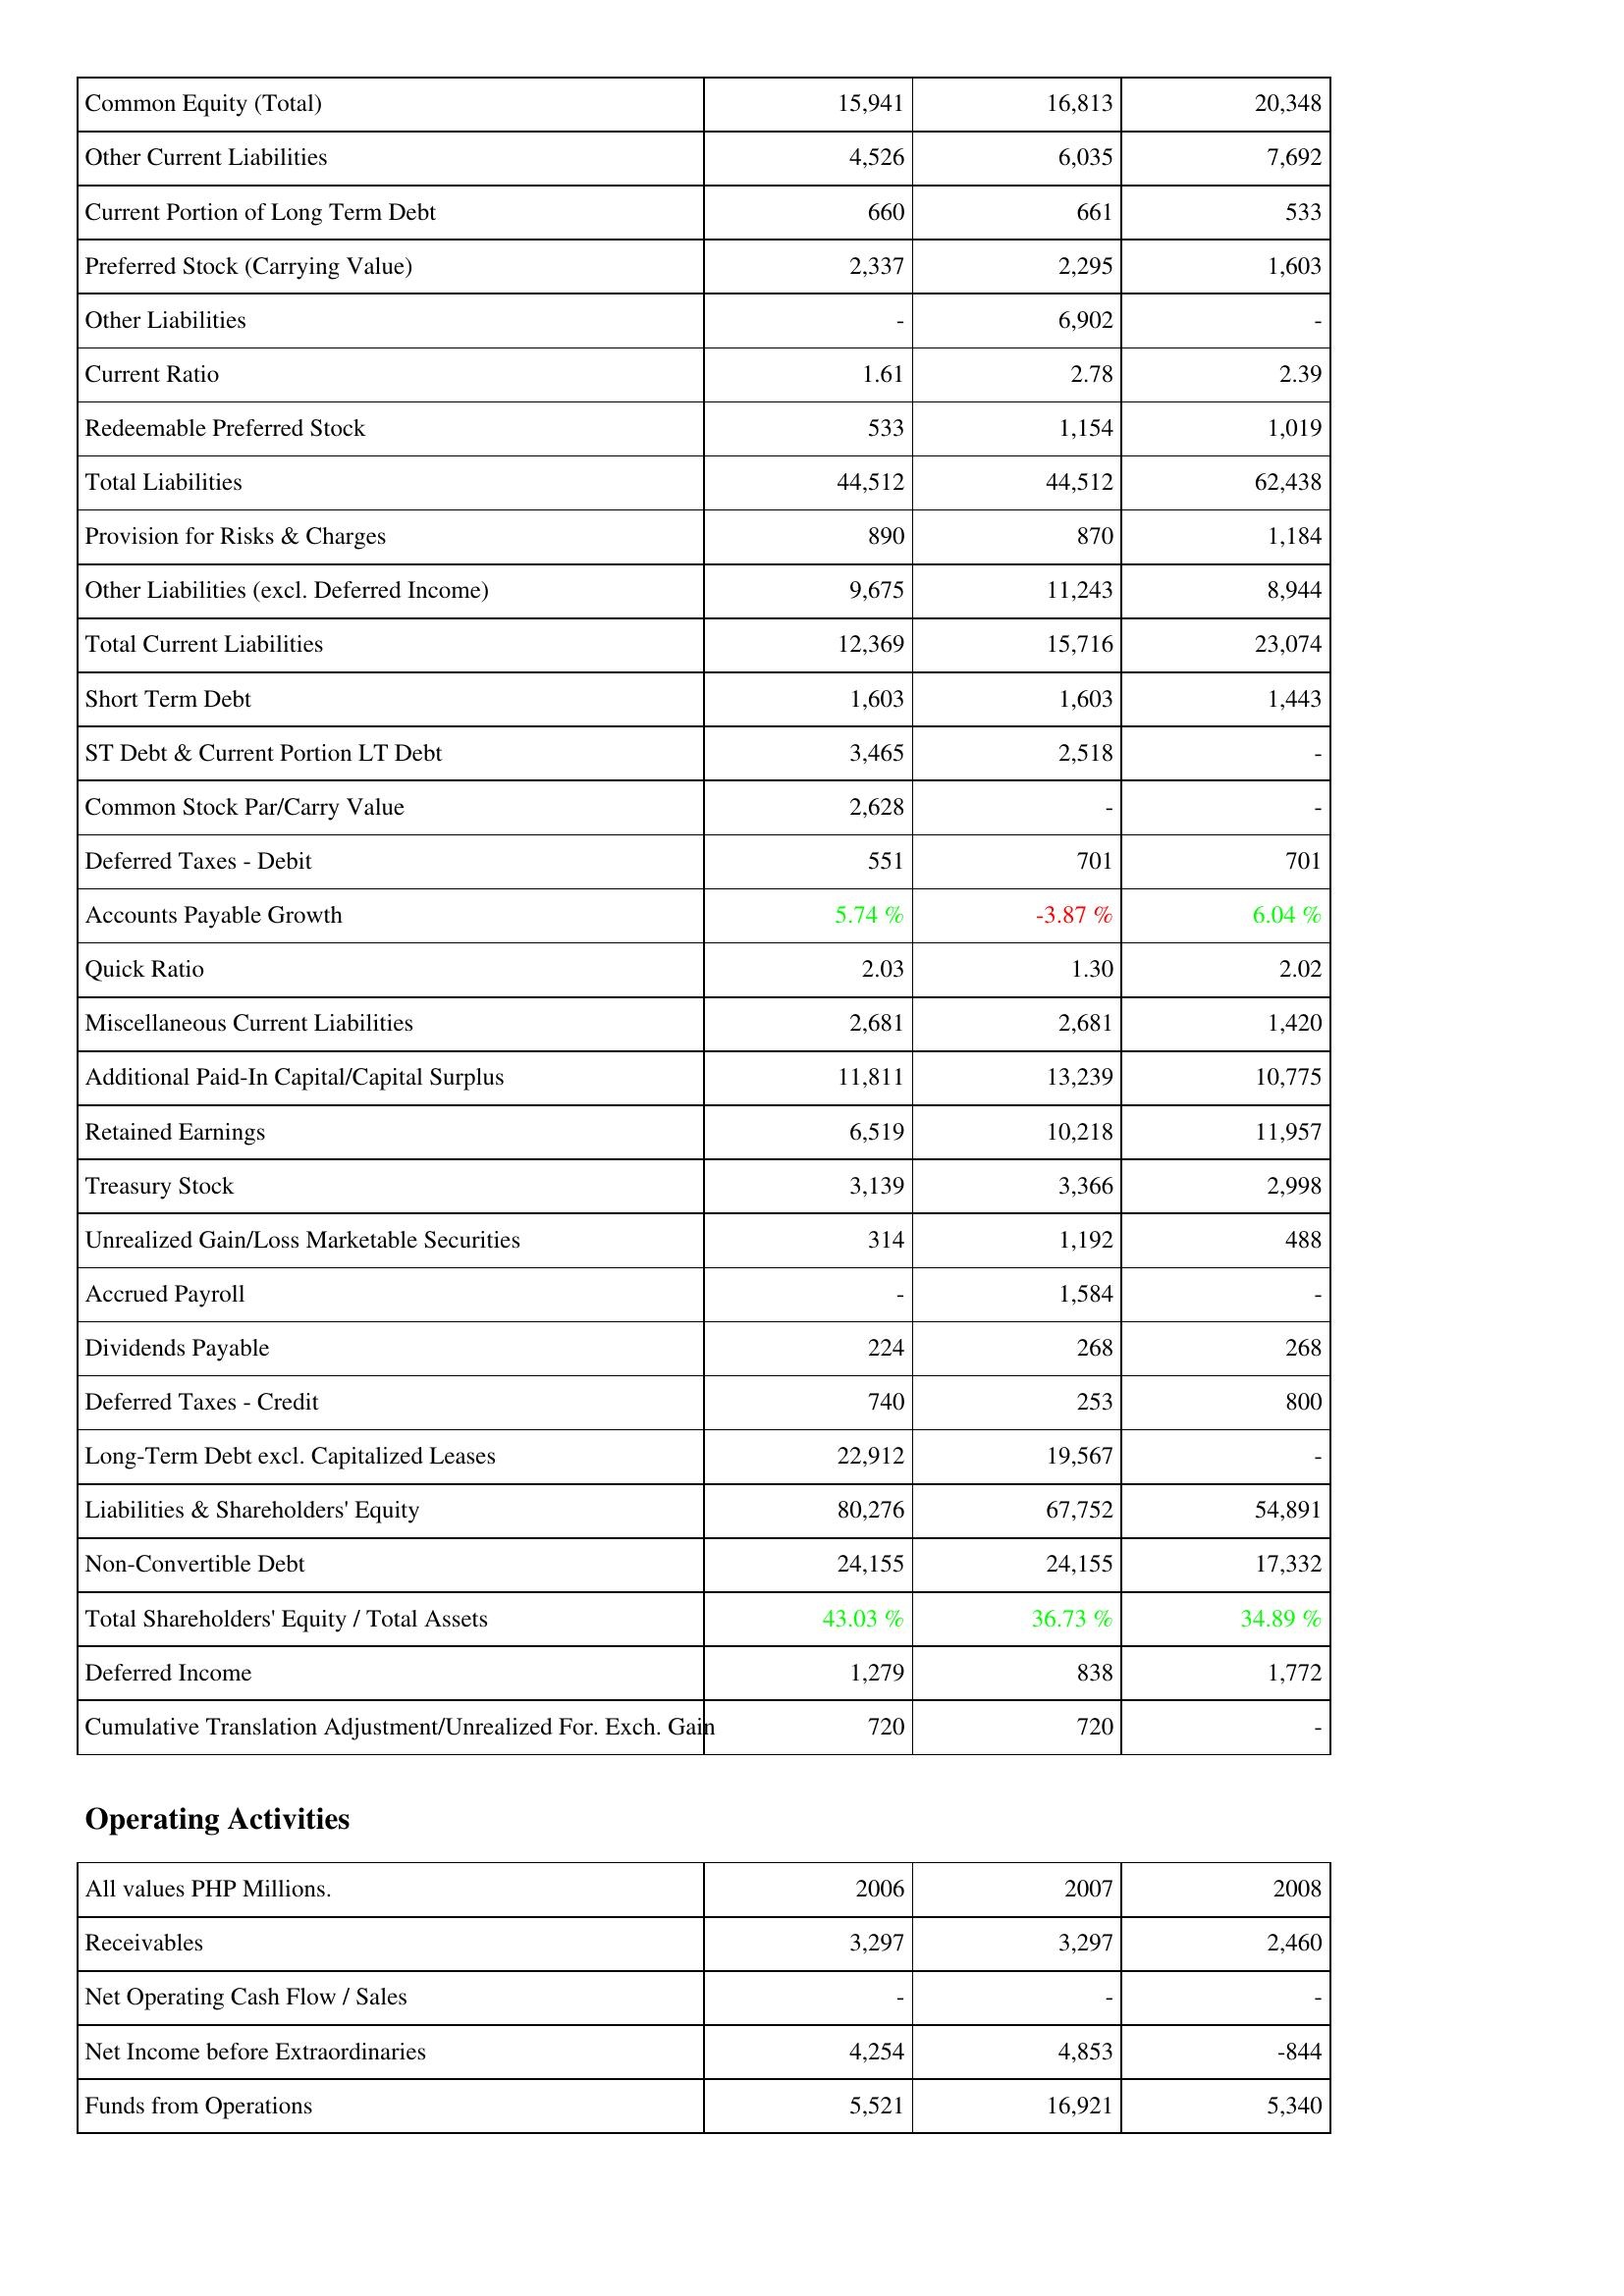
2006: Liabilities & Shareholders' Equity: Common Equity (Total): 15,941
Other Current Liabilities: 4,526
Current Portion of Long Term Debt: 660
Preferred Stock (Carrying Value): 2,337
Other Liabilities: -
Current Ratio: 1.61
Redeemable Preferred Stock: 533
Total Liabilities: 44,512
Provision for Risks & Charges: 890
Other Liabilities (excl. Deferred Income): 9,675
Total Current Liabilities: 12,369
Short Term Debt: 1,603
ST Debt & Current Portion LT Debt: 3,465
Common Stock Par/Carry Value: 2,628
Deferred Taxes - Debit: 551
Accounts Payable Growth: 5.74 %
Quick Ratio: 2.03
Miscellaneous Current Liabilities: 2,681
Additional Paid-In Capital/Capital Surplus: 11,811
Retained Earnings: 6,519
Treasury Stock: 3,139
Unrealized Gain/Loss Marketable Securities: 314
Accrued Payroll: -
Dividends Payable: 224
Deferred Taxes - Credit: 740
Long-Term Debt excl. Capitalized Leases: 22,912
Liabilities & Shareholders' Equity: 80,276
Non-Convertible Debt: 24,155
Total Shareholders' Equity / Total Assets: 43.03 %
Deferred Income: 1,279
Cumulative Translation Adjustment/Unrealized For. Exch. Gain: 720
Operating Activities: Receivables: 3,297
Net Operating Cash Flow / Sales: -
Net Income before Extraordinaries: 4,254
Funds from Operations: 5,521
2007: Liabilities & Shareholders' Equity: Common Equity (Total): 16,813
Other Current Liabilities: 6,035
Current Portion of Long Term Debt: 661
Preferred Stock (Carrying Value): 2,295
Other Liabilities: 6,902
Current Ratio: 2.78
Redeemable Preferred Stock: 1,154
Total Liabilities: 44,512
Provision for Risks & Charges: 870
Other Liabilities (excl. Deferred Income): 11,243
Total Current Liabilities: 15,716
Short Term Debt: 1,603
ST Debt & Current Portion LT Debt: 2,518
Common Stock Par/Carry Value: -
Deferred Taxes - Debit: 701
Accounts Payable Growth: -3.87 %
Quick Ratio: 1.30
Miscellaneous Current Liabilities: 2,681
Additional Paid-In Capital/Capital Surplus: 13,239
Retained Earnings: 10,218
Treasury Stock: 3,366
Unrealized Gain/Loss Marketable Securities: 1,192
Accrued Payroll: 1,584
Dividends Payable: 268
Deferred Taxes - Credit: 253
Long-Term Debt excl. Capitalized Leases: 19,567
Liabilities & Shareholders' Equity: 67,752
Non-Convertible Debt: 24,155
Total Shareholders' Equity / Total Assets: 36.73 %
Deferred Income: 838
Cumulative Translation Adjustment/Unrealized For. Exch. Gain: 720
Operating Activities: Receivables: 3,297
Net Operating Cash Flow / Sales: -
Net Income before Extraordinaries: 4,853
Funds from Operations: 16,921
2008: Liabilities & Shareholders' Equity: Common Equity (Total): 20,348
Other Current Liabilities: 7,692
Current Portion of Long Term Debt: 533
Preferred Stock (Carrying Value): 1,603
Other Liabilities: -
Current Ratio: 2.39
Redeemable Preferred Stock: 1,019
Total Liabilities: 62,438
Provision for Risks & Charges: 1,184
Other Liabilities (excl. Deferred Income): 8,944
Total Current Liabilities: 23,074
Short Term Debt: 1,443
ST Debt & Current Portion LT Debt: -
Common Stock Par/Carry Value: -
Deferred Taxes - Debit: 701
Accounts Payable Growth: 6.04 %
Quick Ratio: 2.02
Miscellaneous Current Liabilities: 1,420
Additional Paid-In Capital/Capital Surplus: 10,775
Retained Earnings: 11,957
Treasury Stock: 2,998
Unrealized Gain/Loss Marketable Securities: 488
Accrued Payroll: -
Dividends Payable: 268
Deferred Taxes - Credit: 800
Long-Term Debt excl. Capitalized Leases: -
Liabilities & Shareholders' Equity: 54,891
Non-Convertible Debt: 17,332
Total Shareholders' Equity / Total Assets: 34.89 %
Deferred Income: 1,772
Cumulative Translation Adjustment/Unrealized For. Exch. Gain: -
Operating Activities: Receivables: 2,460
Net Operating Cash Flow / Sales: -
Net Income before Extraordinaries: -844
Funds from Operations: 5,340